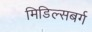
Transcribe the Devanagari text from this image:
मिडिल्सबर्ग